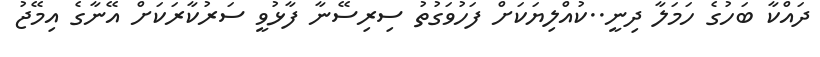
ދައްކާ ބަހުގެ ހަމަލާ ދިނީ..ކުއްލިޔަކަށް ފަހުވަގުތު ސިރިސޭނާ ފާޅުވީ ސަރުކާރަކަށް އޭނާގެ އިމޭޖު